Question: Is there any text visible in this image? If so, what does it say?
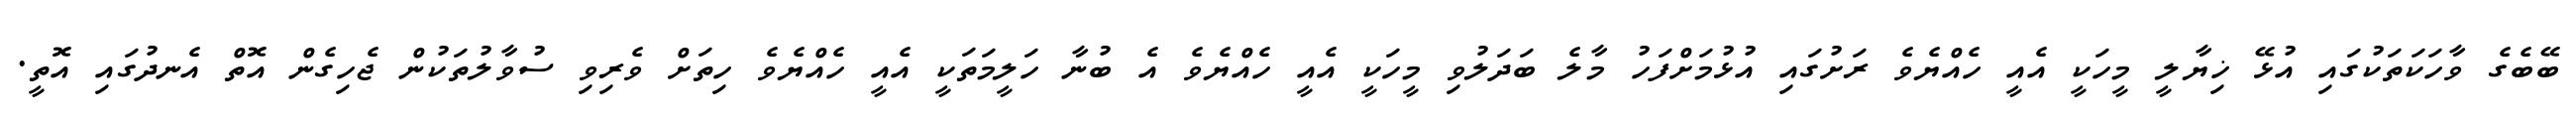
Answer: ބޭބެގެ ވާހަކަތަކުގައި އުޅޭ ޚިޔާލީ މީހަކީ އެއީ ހެއްޔެވެ ރަށުގައި އުޅުމަށްފަހު މާލެ ބަދަލުވި މީހަކީ އެއީ ހެއްޔެވެ އެ ބުނާ ހަލީމަތަކީ އެއީ ހެއްޔެވެ ހިތަށް ވެރިވި ސުވާލުތަކުން ޖެހިގެން އޮތް އެނދުގައި އޮތީ.